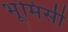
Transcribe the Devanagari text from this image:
भूमिसी